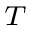
_ T